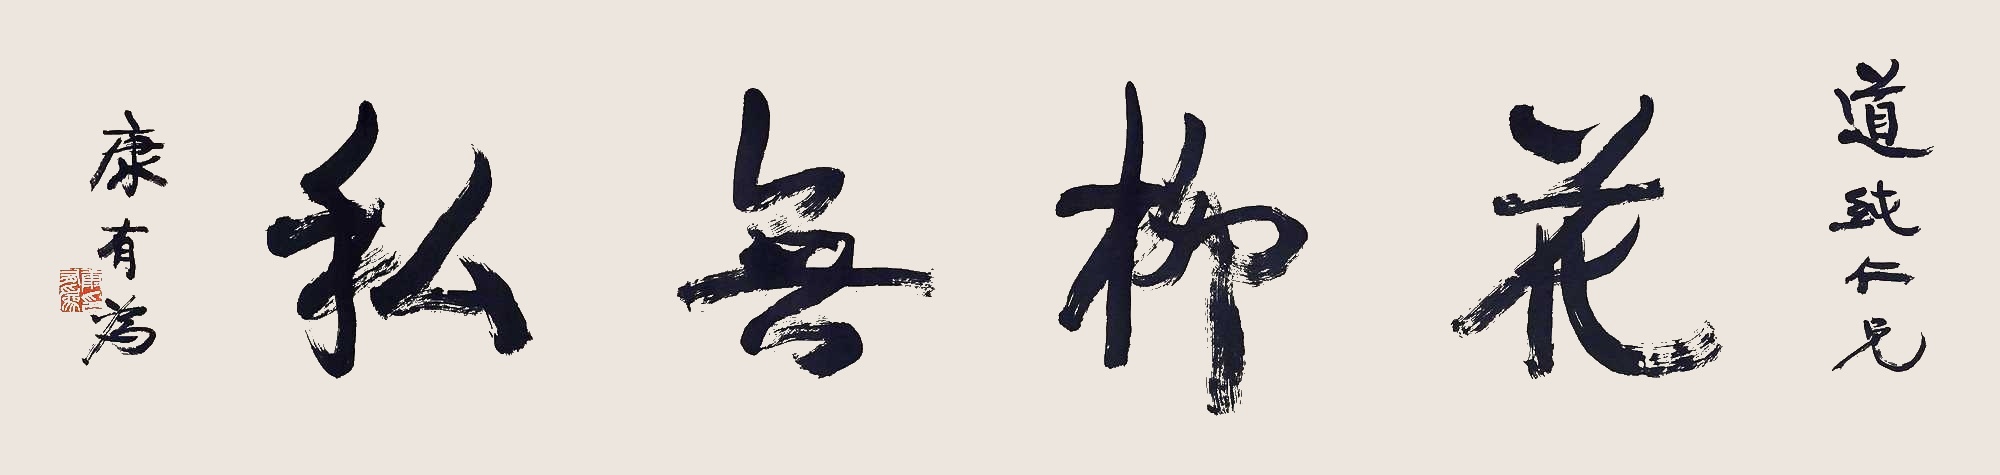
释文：花柳无私道纯仁兄，康有为。